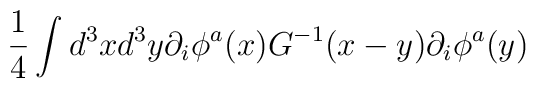
\frac{1}{4} \int d^3x d^3y \partial_i \phi^a(x) G^{-1}(x-y) \partial_i\phi^a(y)